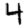
Digit: 4